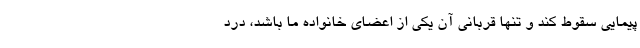
پیمایی سقوط کند و تنها قربانی آن یکی از اعضای خانواده ما باشد، درد